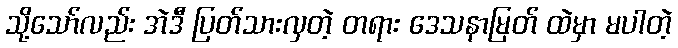
သို့သော်လည်း အဲဒီ ပြတ်သားလှတဲ့ တရား ဒေသနာမြတ် ထဲမှာ မပါတဲ့